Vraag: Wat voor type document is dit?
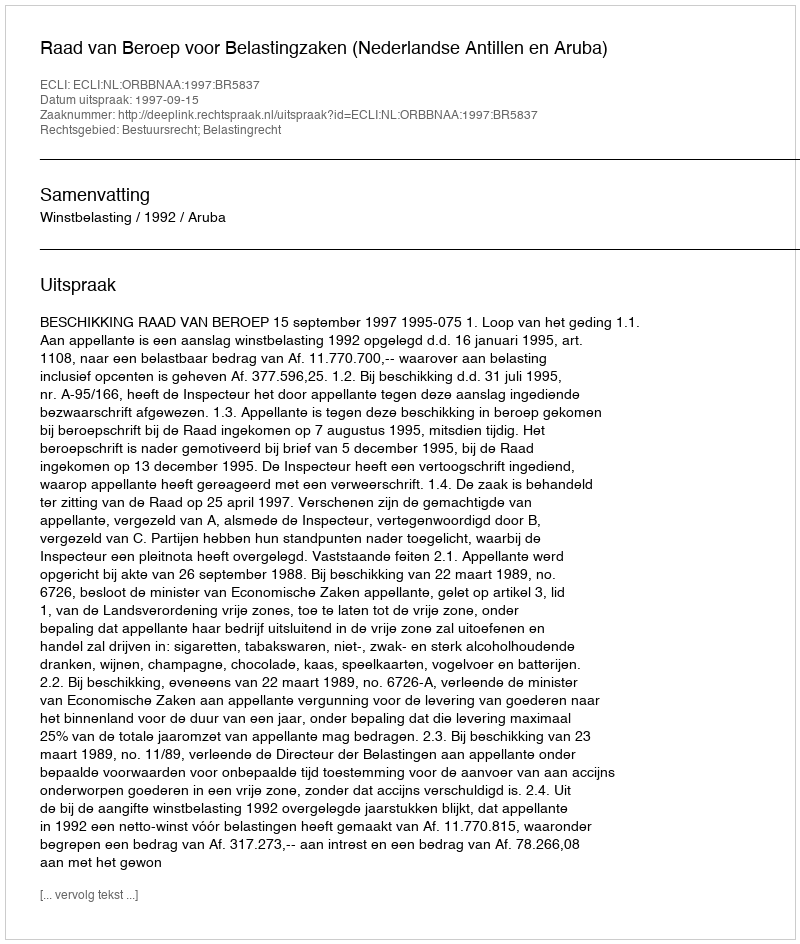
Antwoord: Uitspraak